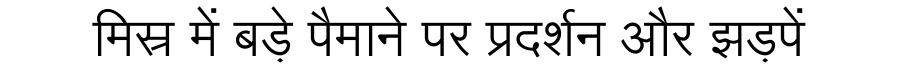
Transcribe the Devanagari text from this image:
मिस्र में बड़े पैमाने पर प्रदर्शन और झड़पें